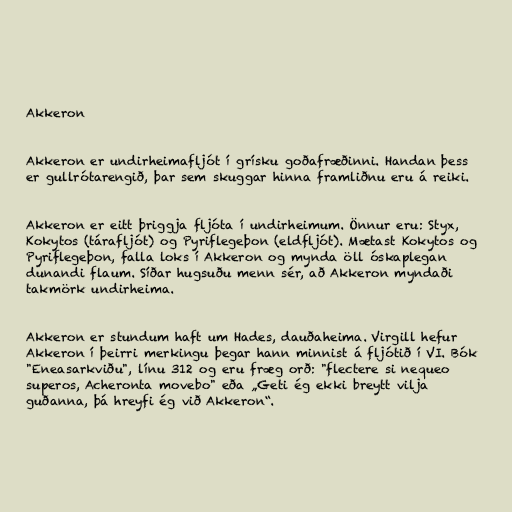
Akkeron

Akkeron er undirheimafljót í grísku goðafræðinni. Handan þess
er gullrótarengið, þar sem skuggar hinna framliðnu eru á reiki.

Akkeron er eitt þriggja fljóta í undirheimum. Önnur eru: Styx,
Kokytos (tárafljót) og Pyriflegeþon (eldfljót). Mætast Kokytos og
Pyriflegeþon, falla loks í Akkeron og mynda öll óskaplegan
dunandi flaum. Síðar hugsuðu menn sér, að Akkeron myndaði
takmörk undirheima.

Akkeron er stundum haft um Hades, dauðaheima. Virgill hefur
Akkeron í þeirri merkingu þegar hann minnist á fljótið í VI. Bók
"Eneasarkviðu", línu 312 og eru fræg orð: "flectere si nequeo
superos, Acheronta movebo" eða „Geti ég ekki breytt vilja
guðanna, þá hreyfi ég við Akkeron“.